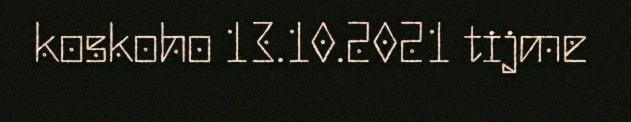
koskoho 13.10.2021 tijme